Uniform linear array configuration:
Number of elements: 12
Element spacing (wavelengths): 0.25
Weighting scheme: hann
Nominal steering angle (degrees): -15
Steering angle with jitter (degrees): -15.04
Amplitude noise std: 0.05
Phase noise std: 0.05

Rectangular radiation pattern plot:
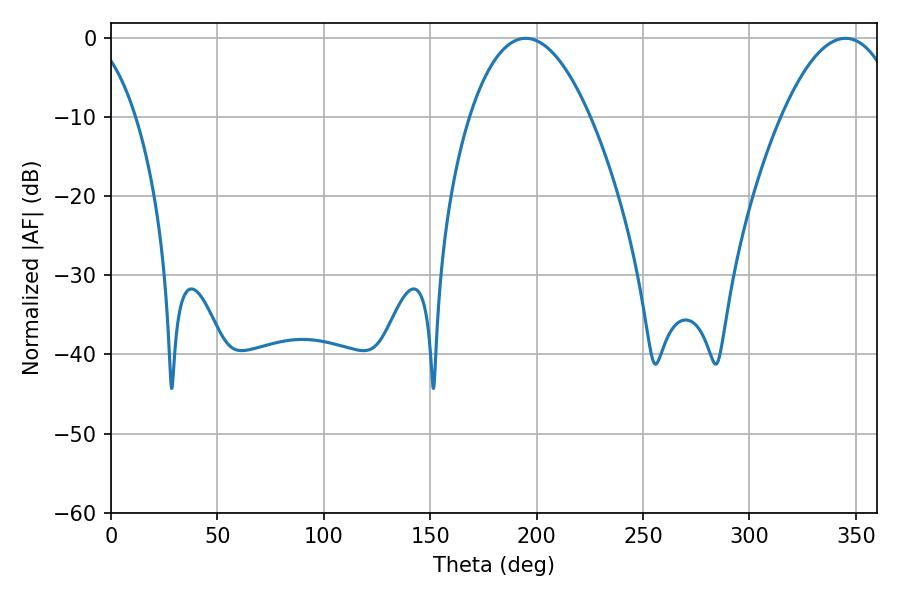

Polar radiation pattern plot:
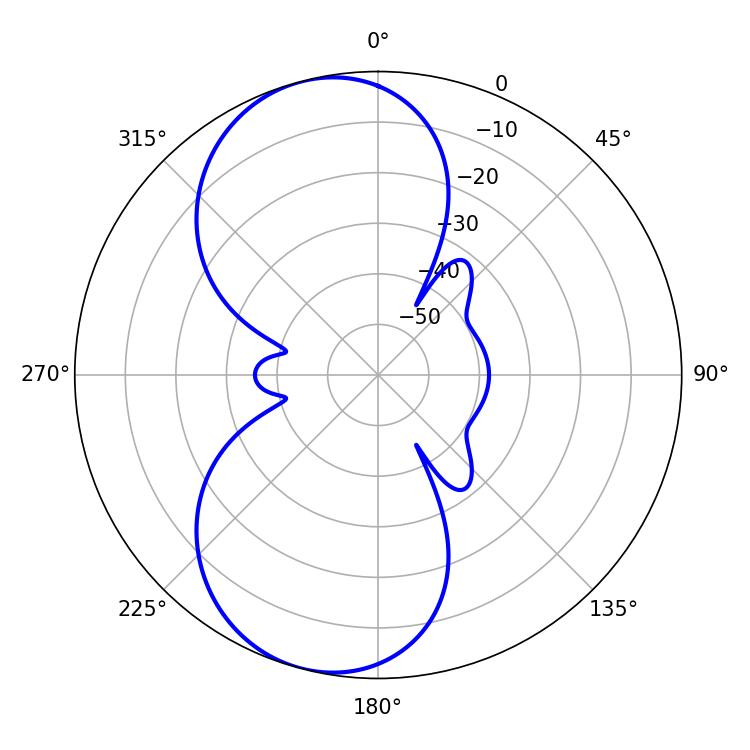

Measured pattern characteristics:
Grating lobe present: FALSE
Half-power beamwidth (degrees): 31.32
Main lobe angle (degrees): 194.94